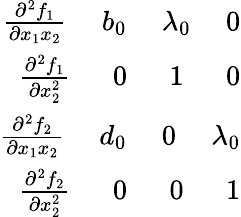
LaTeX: \begin{array}{r}{\frac{\partial^{2}f_{1}}{\partial x_{1}x_{2}}\ \ \ \ \ b_{0}\ \ \ \ \ \lambda_{0}\ \ \ \ \ 0}\\ {\frac{\partial^{2}f_{1}}{\partial x_{2}^{2}}\ \ \ \ \ \ 0\ \ \ \ \ \ 1\ \ \ \ \ \ 0}\\ {\frac{\partial^{2}f_{2}}{\partial x_{1}x_{2}}\ \ \ \ \ d_{0}\ \ \ \ \ 0\ \ \ \ \ \lambda_{0}}\\ {\frac{\partial^{2}f_{2}}{\partial x_{2}^{2}}\ \ \ \ \ \ 0\ \ \ \ \ \ 0\ \ \ \ \ \ 1}\end{array}